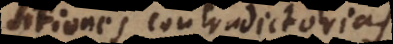
propositiones contradictorias.